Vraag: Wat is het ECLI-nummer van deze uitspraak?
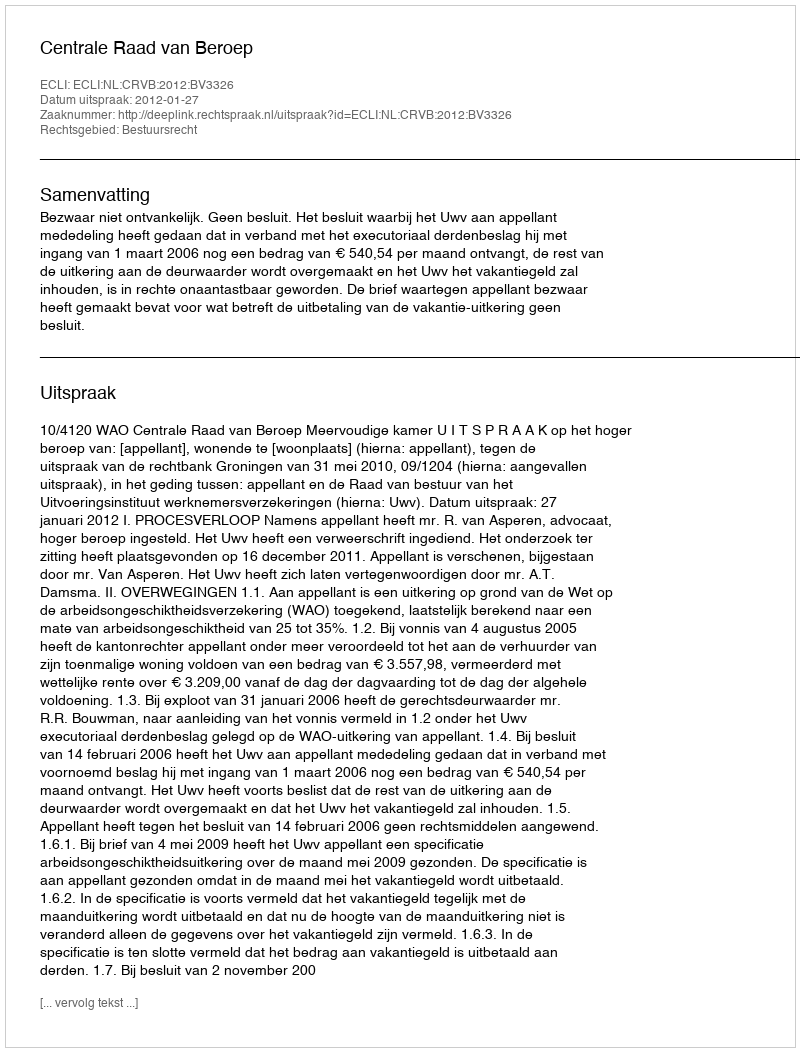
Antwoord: ECLI:NL:CRVB:2012:BV3326